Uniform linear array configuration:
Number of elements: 48
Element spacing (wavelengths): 1
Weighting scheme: cosine
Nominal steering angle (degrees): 30
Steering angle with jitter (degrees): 31.243
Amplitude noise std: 0.05
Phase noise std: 0.05

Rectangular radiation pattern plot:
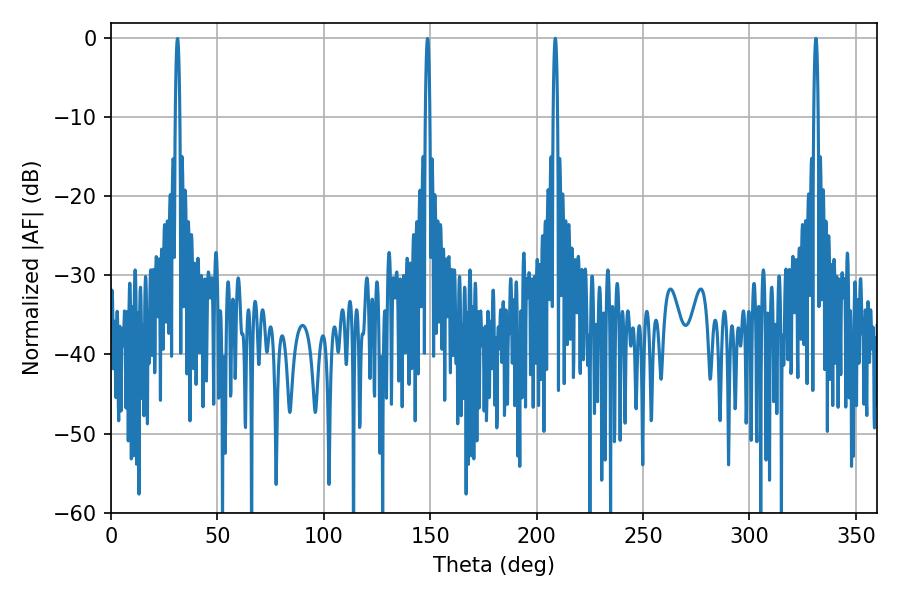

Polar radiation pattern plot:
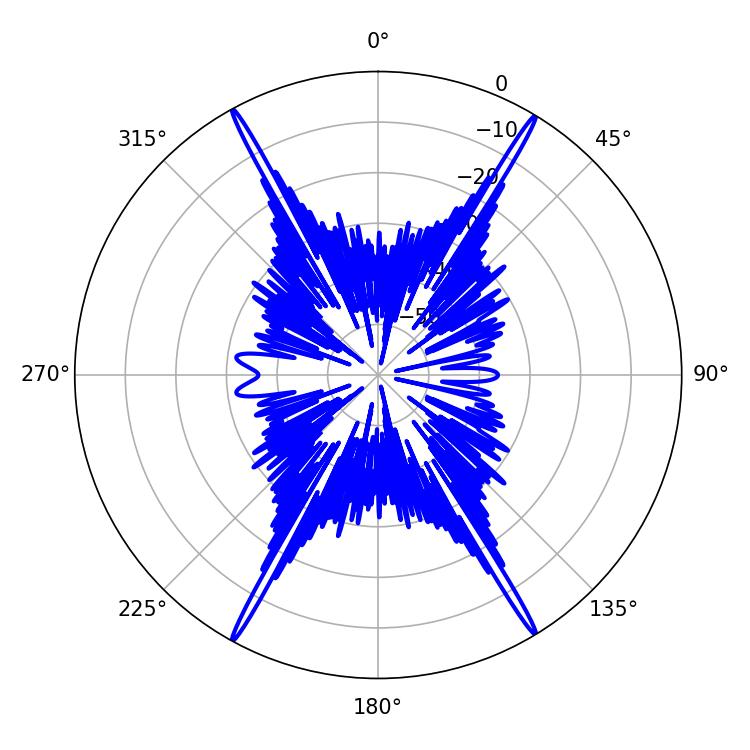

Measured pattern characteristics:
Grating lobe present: TRUE
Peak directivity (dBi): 29.333
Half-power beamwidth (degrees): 1.08
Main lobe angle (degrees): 331.2